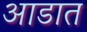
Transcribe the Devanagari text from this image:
आडात